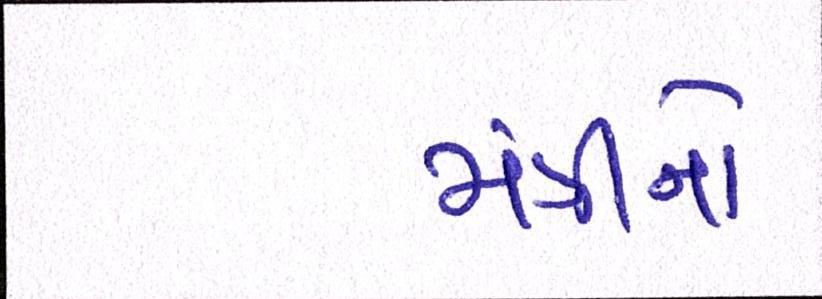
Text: મંત્રીનો